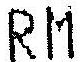
RM